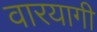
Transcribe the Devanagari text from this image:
वारयागी